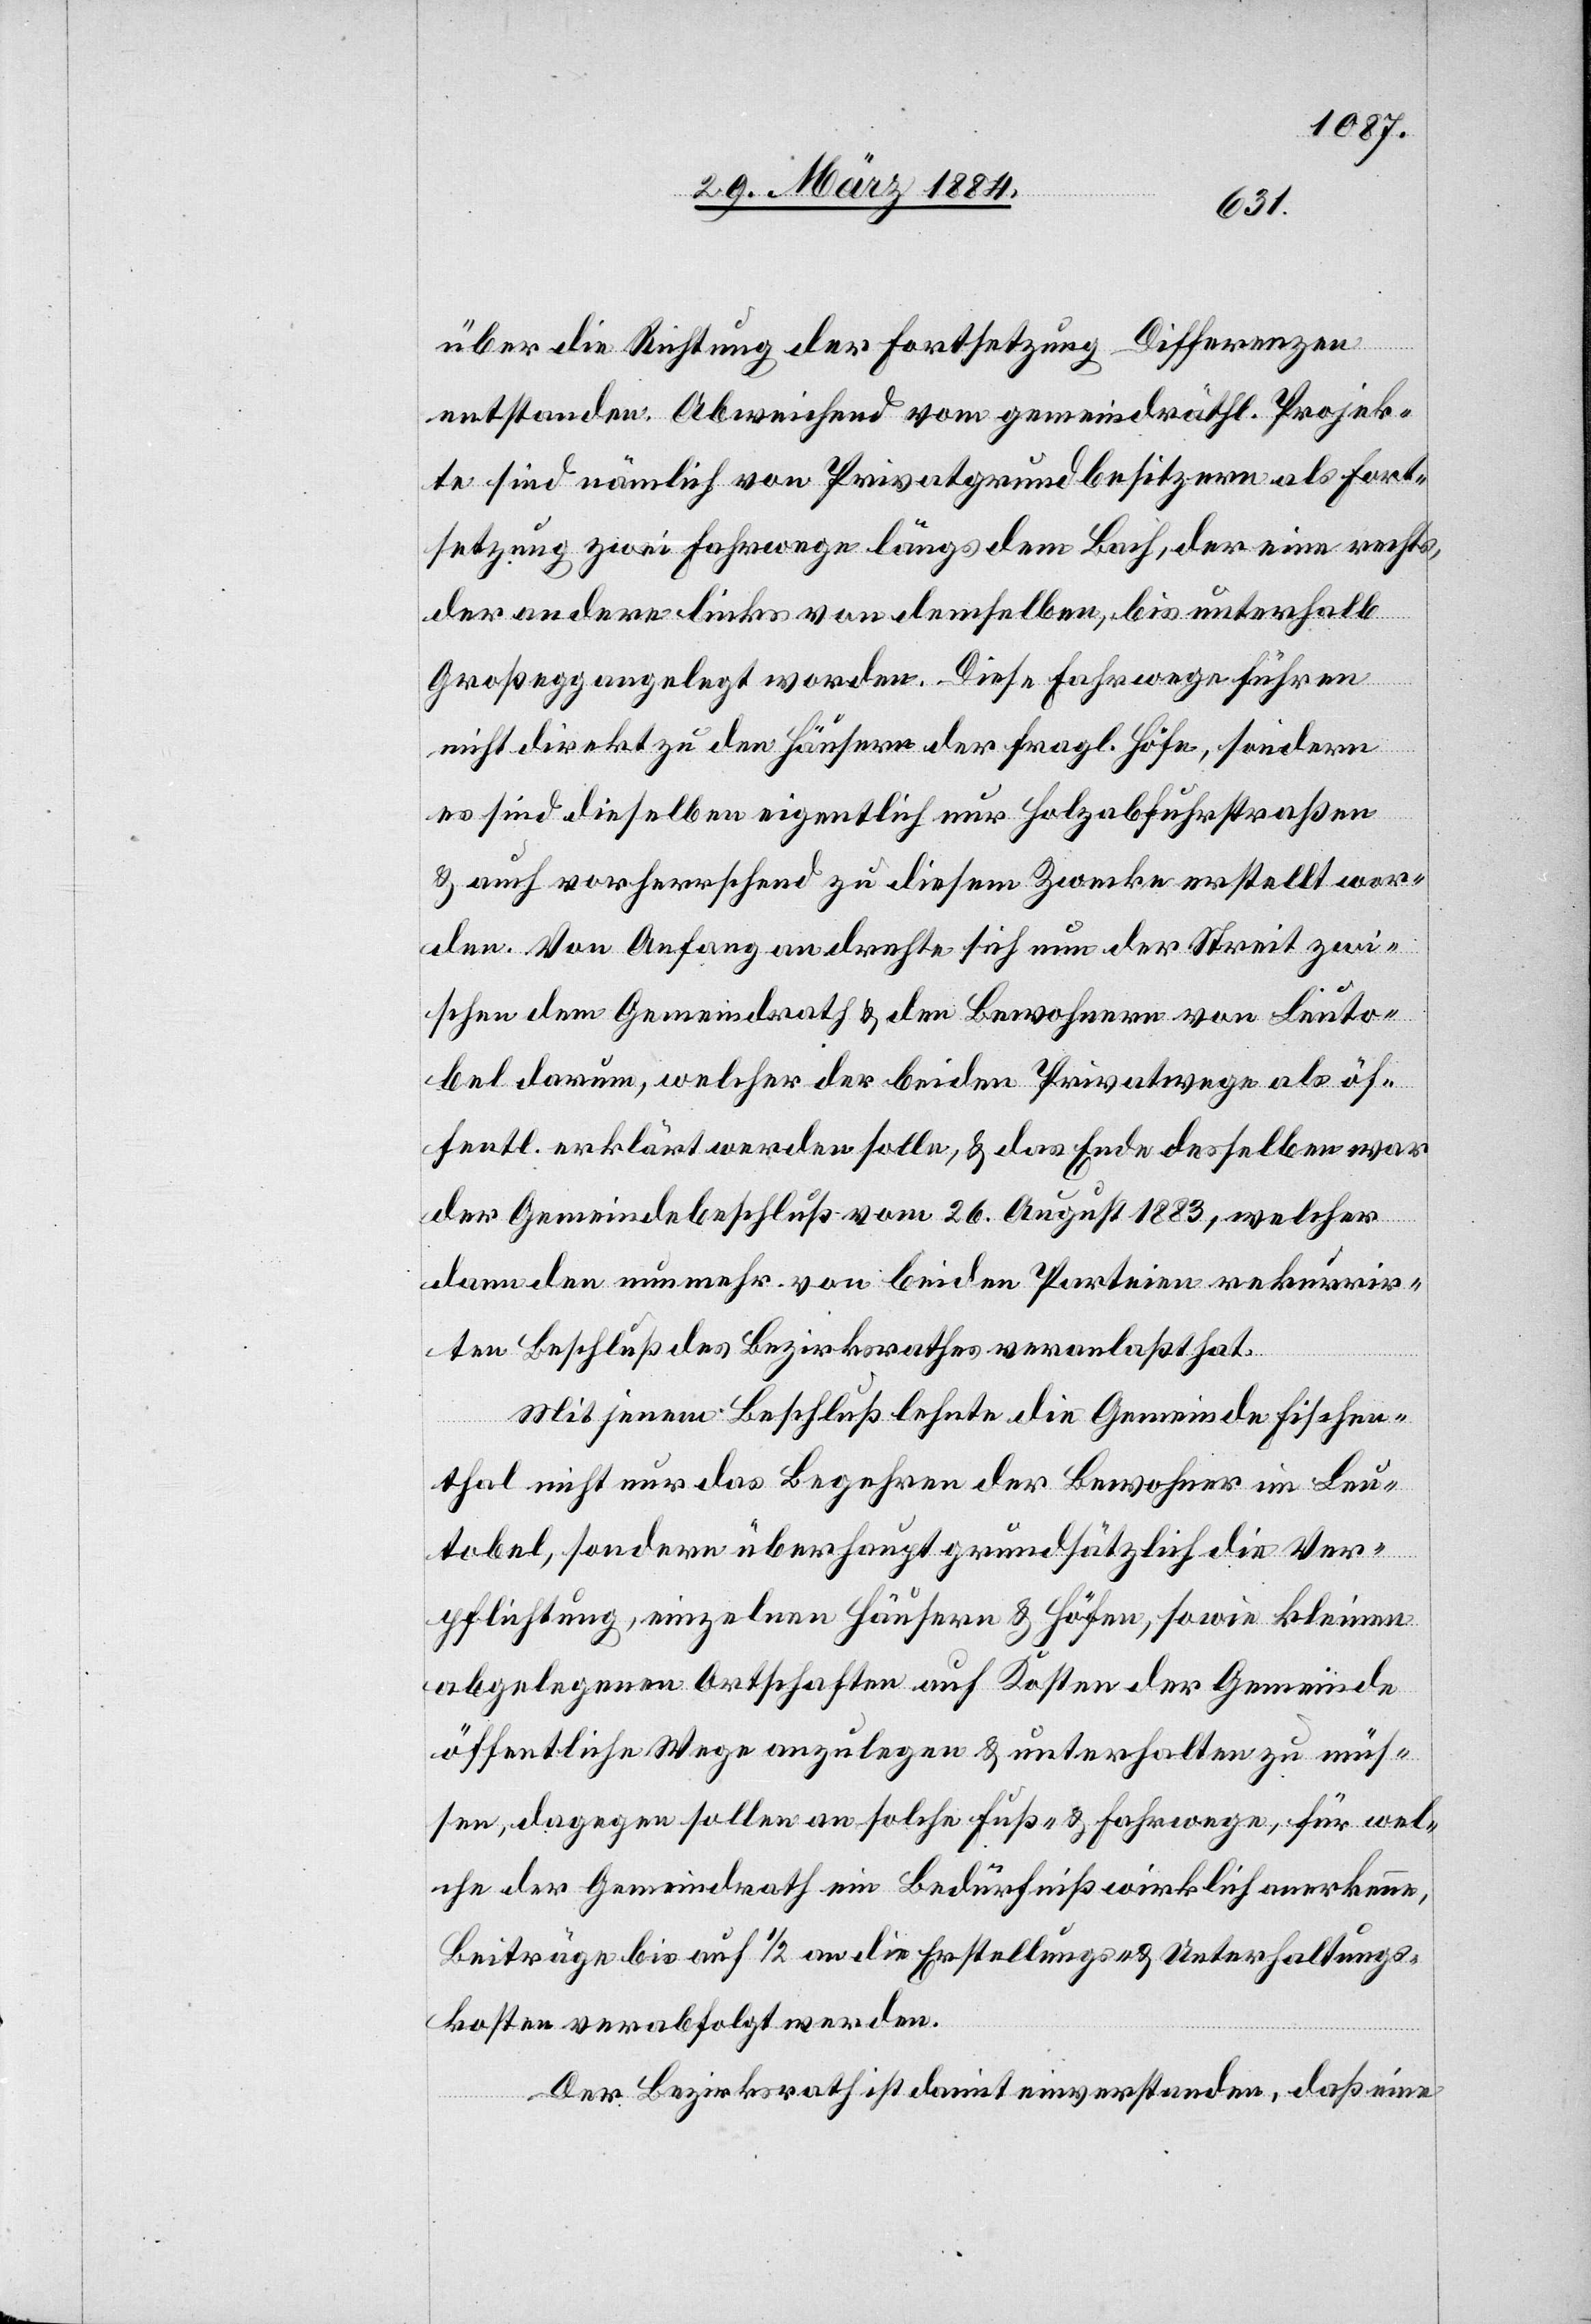
über die Richtung der Fortsetzung Differenzen
entstanden. Abweichend vom gemeindräthl. Projek¬
te sind nämlich von Privatgrundbesitzern als Fort¬
setzung zwei Fahrwege längs dem Bach, der eine rechts,
der andere links von demselben, bis unterhalb
bel
Großegg angelegt worden. Diese Fahrwege führen
nicht direkt zu den Häusern der fragl. Höfe, sondern
es sind dieselben eigentlich nur Holzabfuhrstraßen
& auch vorherrschend zu diesem Zwecke erstellt wor¬
den. Von Anfang an drehte sich nun der Streit zwi¬
schen dem Gemeindrath & den Bewohnern von Leuto¬
bel darum, welcher der beiden Privatwege als öf¬
fentl. erklärt werden solle, & das Ende desselben war
der Gemeindebeschluß vom 26. August 1883, welcher
dann den nunmehr von beiden Parteien rekurrir¬
ten Beschluss des Bezirksrathes veranlaßt hat.
Mit jenem Beschluß lehnte die Gemeinde Fischen¬
thal nicht nur das Begehren der Bewohner im Leu¬
[ab], sondern überhaupt grundsätzlich die Ver¬
pflichtung, für einzelne Häuser & Höfe, sowie kleinen
abgelegenen Ortschaften auf Kosten der Gemeinde
öffentliche Wege anzulegen & unterhalten zu müs¬
sen, dagegen sollen an solche Fuß- & Fahrwege, für wel¬
che der Gemeindrath ein Bedürfniß wirklich anerkenne,
Beiträge bis auf 1/2 an die Erstellungs- & Unterhaltungs¬
kosten verabfolgt werden.
Der Bezirksrath ist damit einverstanden, daß eine